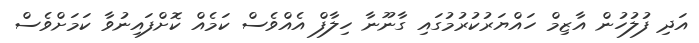
އަދި ފުލުހުން އާޒިމް ހައްޔަރުކުރުމުގައި ގާނޫނާ ހިލާފް އެއްވެސް ކަމެއް ކޮށްފައިނުވާ ކަމަށްވެސް